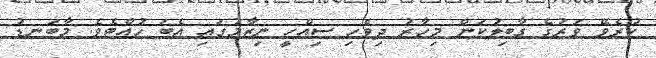
ކުރެވޭ ވަރުގެ ގާބިލުކަން މިހާރު ދިވެހި ސިއްހީ ނިޒާމުގައި އެބަ ހުއްޓެވެ. މާބަނޑު